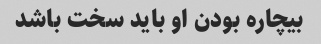
بیچاره بودن او باید سخت باشد